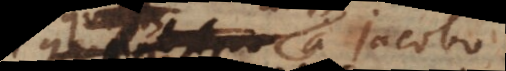
a Jacobo